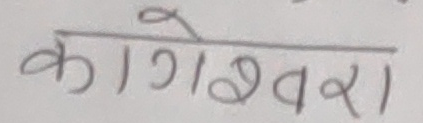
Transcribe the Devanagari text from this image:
कागेश्वरी